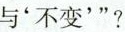
与不变'”?